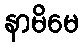
နာမိမေ